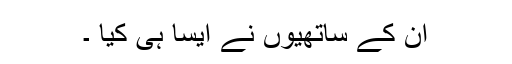
ان کے ساتھیوں نے ایسا ہی کیا ۔